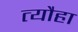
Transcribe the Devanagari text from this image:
त्यौहा